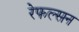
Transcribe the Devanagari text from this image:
रेफल्सन